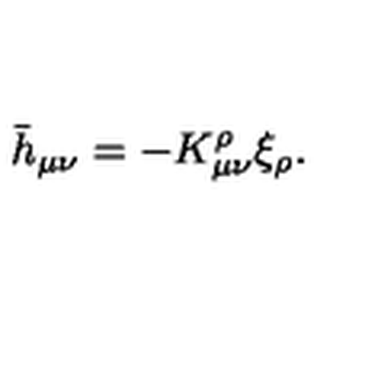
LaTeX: \bar { h } _ { \mu \nu } = - K _ { \mu \nu } ^ { \rho } \xi _ { \rho } .